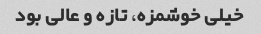
خیلی خوشمزه، تازه و عالی بود